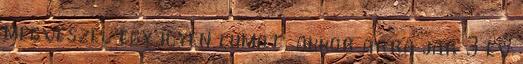
megveszel egy ilyen cumot, akkor arra jar 3 ev